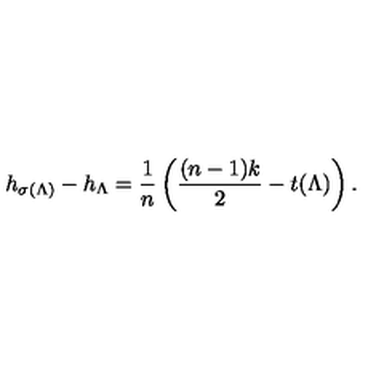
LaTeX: h _ { \sigma ( \Lambda ) } - h _ { \Lambda } = \frac 1 n \left( \frac { ( n - 1 ) k } 2 - t ( \Lambda ) \right) .